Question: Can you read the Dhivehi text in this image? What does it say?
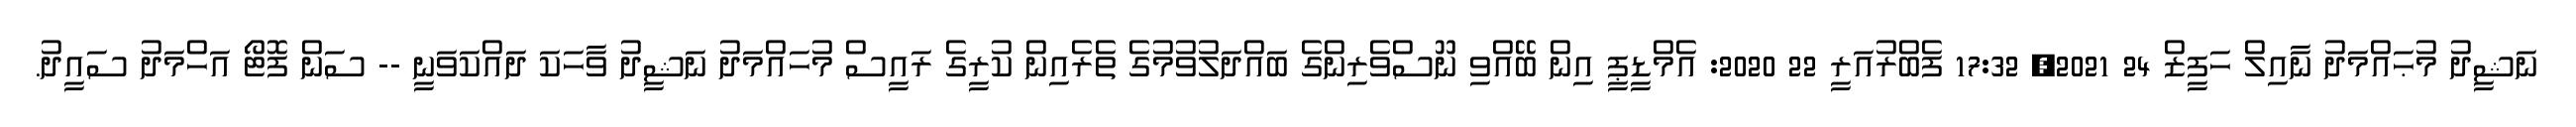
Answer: ނަޝީދު މުޙައްމަދު ނާއިލް ހަފީޒް 24 2021, 17:32 ފެބްރުއަރީ 22 2020: އެމްޑީޕީ އިން ބޭއްވި ނޫސްވެރިންގެ ބައްދަލުވުމުގެ ތެރެއިން ކުރީގެ ރައީސް މުހައްމަދު ނަޝީދު ވާހަކަ ދައްކަވަނީ -- ސަން ފޮޓޯ އަހްމަދު ސައީދު.